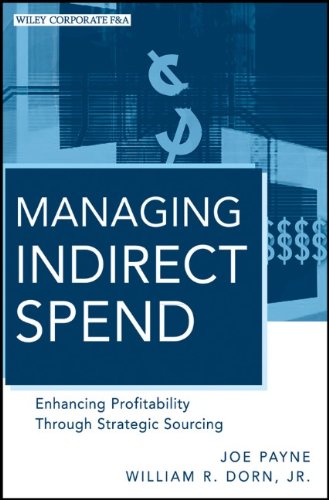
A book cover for Managing Indirect Spend: Enhancing Profitability Through Strategic Sourcing; Joe Payne; Business & Money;